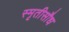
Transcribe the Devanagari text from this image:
स्मृतीसौध